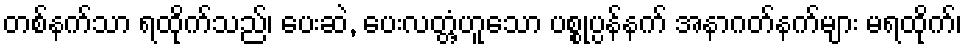
တစ်နက်သာ ရထိုက်သည်၊ ပေးဆဲ, ပေးလတ္တံ့ဟူသော ပစ္စုပ္ပန်နက် အနာဂတ်နက်များ မရထိုက်၊